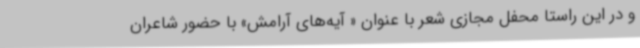
و در این راستا محفل مجازی شعر با عنوان « آیه‌های آرامش» با حضور شاعران